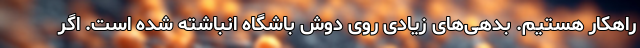
راهکار هستیم. بدهی‌های زیادی روی دوش باشگاه انباشته شده است. اگر